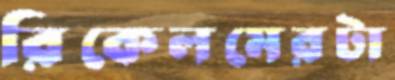
রিকেলমেরটা